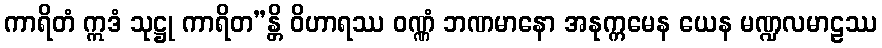
ကာရိတံ ဣဒံ သုဋ္ဌု ကာရိတ”န္တိ ဝိဟာရဿ ဝဏ္ဏံ ဘဏမာနော အနုက္ကမေန ယေန မဏ္ဍလမာဠဿ